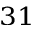
^ { 3 1 }